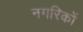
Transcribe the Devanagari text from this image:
नगरिकों